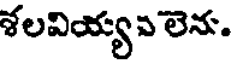
శలవియ్యవ లెను.